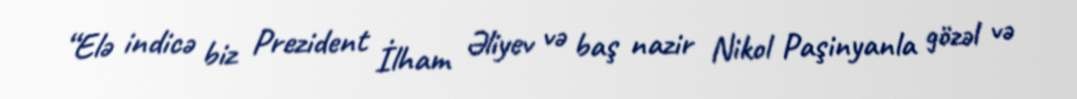
“Elə indicə biz Prezident İlham Əliyev və baş nazir Nikol Paşinyanla gözəl və